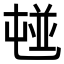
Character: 𡴢